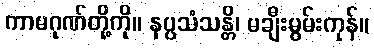
ကာမဂုဏ်တို့ကို။ နပ္ပသံသန္တိ၊ မချီးမွမ်းကုန်။